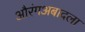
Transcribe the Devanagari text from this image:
औरंगअबादला